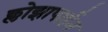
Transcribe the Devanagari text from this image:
क्लोझापाईन